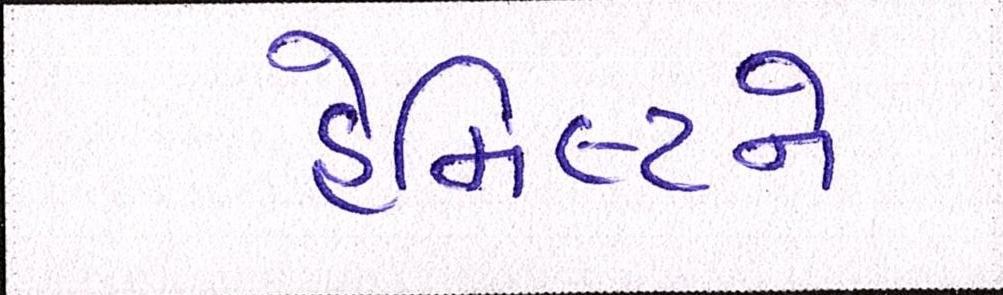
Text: હેમિલ્ટને